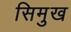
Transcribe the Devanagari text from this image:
सिमुख